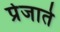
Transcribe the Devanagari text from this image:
प्रेजाते